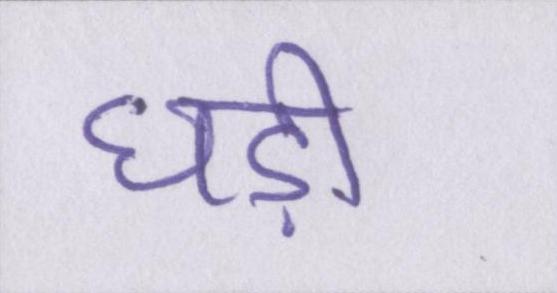
घड़ी